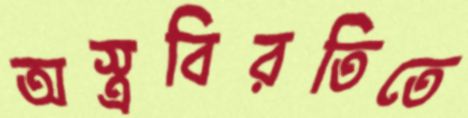
অস্ত্রবিরতিতে